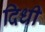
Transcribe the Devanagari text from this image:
दिधी